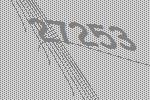
27253